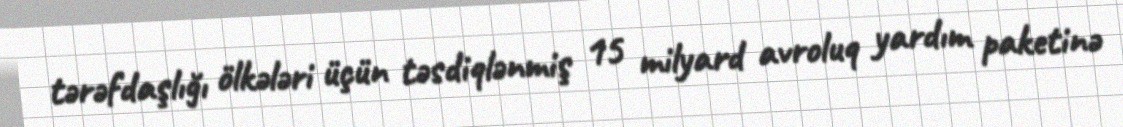
tərəfdaşlığı ölkələri üçün təsdiqlənmiş 15 milyard avroluq yardım paketinə